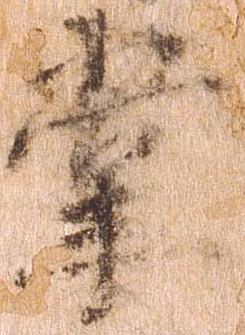
掌